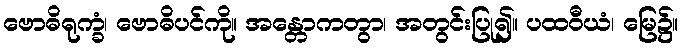
ဗောဓိရုက္ခံ၊ ဗောဓိပင်ကို။ အန္တောကတွာ၊ အတွင်းပြု၍။ ပထဝီယံ၊ မြေ၌။